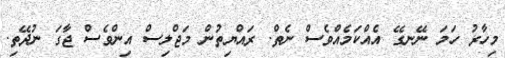
މިހާރު ހަމަ ނޭނގޭ އެއްކަމެއްވެސް ނެތް. ރައްޔިތުން މަޖްލިސް އިންވެސް ޖާގަ ނުދޭތި.